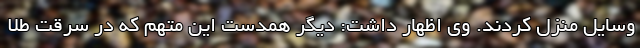
وسایل منزل کردند. وی اظهار داشت: دیگر همدست این متهم که در سرقت طلا